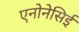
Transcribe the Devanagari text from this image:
एनोनेसिई